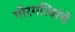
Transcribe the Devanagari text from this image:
गोरगरिबांचे